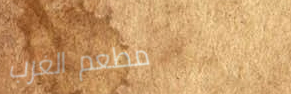
مطعم الغرب